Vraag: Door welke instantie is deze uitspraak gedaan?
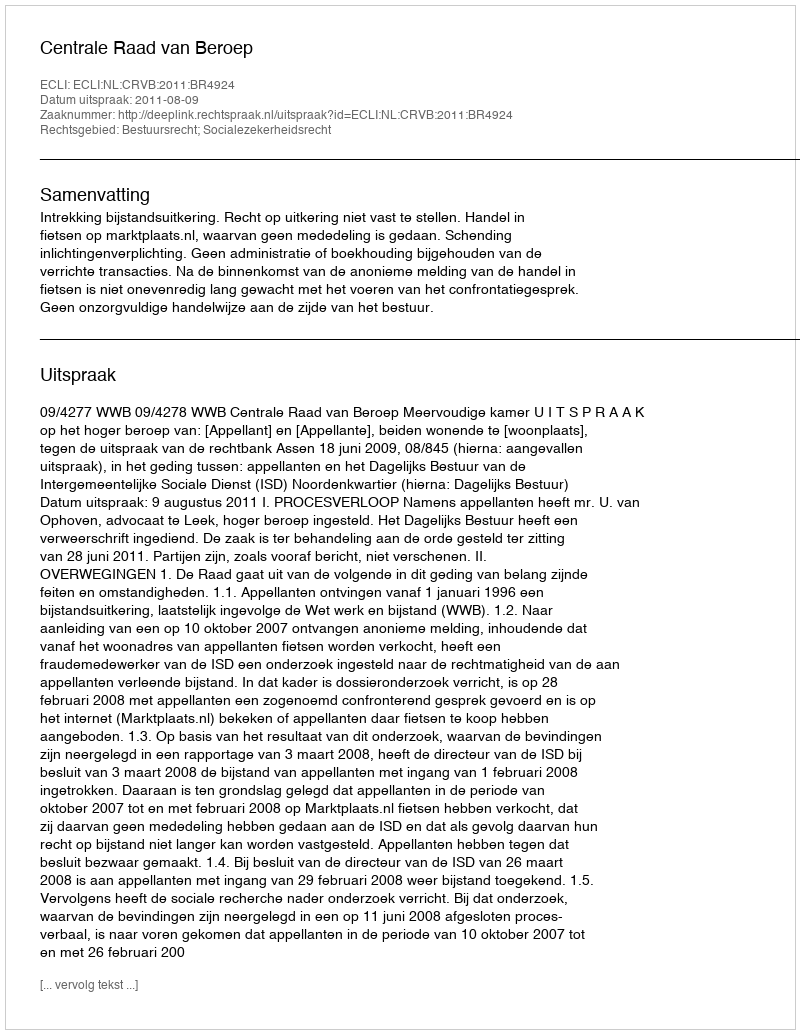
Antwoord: Centrale Raad van Beroep